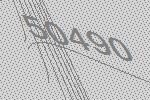
50490